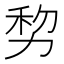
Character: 𠡴